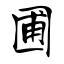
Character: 圃